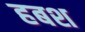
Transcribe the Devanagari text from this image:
हबश